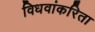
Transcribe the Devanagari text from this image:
विधवांकरिता